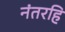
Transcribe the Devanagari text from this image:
नंतरहि